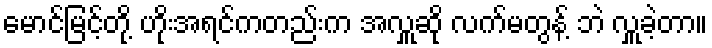
မောင်မြင့်တို့ ဟိုးအရင်ကတည်းက အလှူဆို လက်မတွန့် ဘဲ လှူခဲ့တာ။